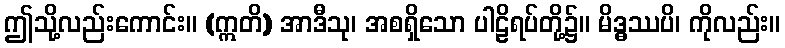
ဤသို့လည်းကောင်း။ (ဣတိ) အာဒီသု၊ အစရှိသော ပါဠိရပ်တို့၌။ မိဒ္ဓဿပိ၊ ကိုလည်း။